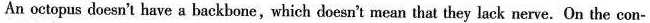
An octopus doesn't have a backbone,which doesn't mean that they lack nerve. On the con-